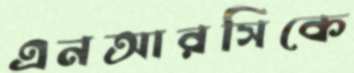
এনআরসিকে